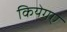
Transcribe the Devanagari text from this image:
कियेगए